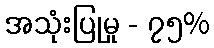
အသုံးပြုမှု - ၇၅%